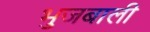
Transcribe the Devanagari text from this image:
भुजबाली